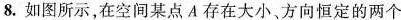
8.如图所示，在空间某点A存在大小、方向恒定的两个